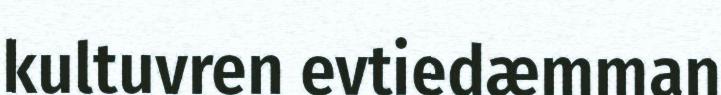
kultuvren evtiedæmman